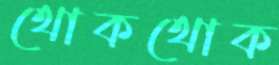
থোকথোক